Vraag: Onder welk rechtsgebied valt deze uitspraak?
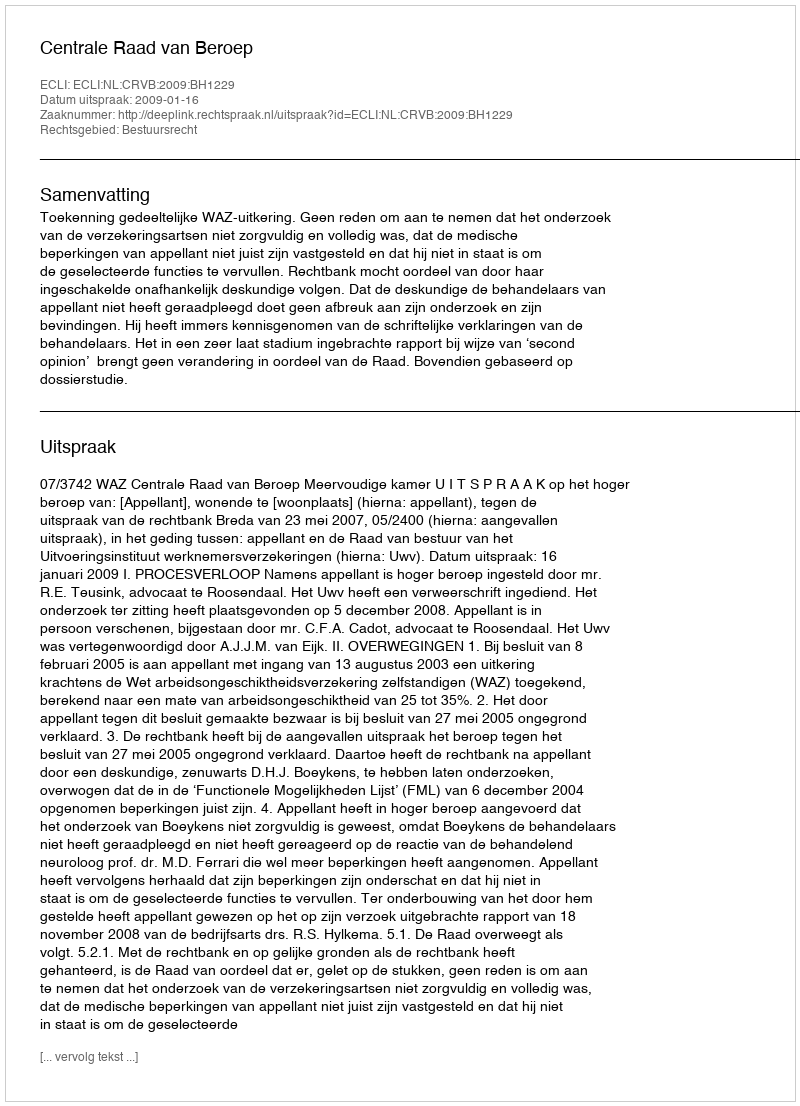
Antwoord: Bestuursrecht